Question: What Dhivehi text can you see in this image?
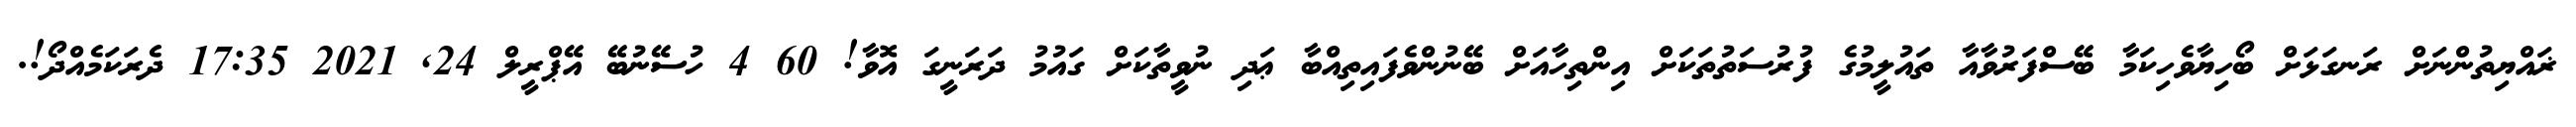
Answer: ޜައްޔިތުންނަށް ރަނގަޅަށް ބޯހިޔާވެހިކަމާ ބޭސްފަރުވާއާ ތައުލީމުގެ ފުރުސަތުތަކަށް އިންތިހާއަށް ބޭނުންވެފައިތިއްބާ ޢަދި ނުވީތާކަށް ގައުމު ދަރަނީގަ އޮވާ! 60 4 ހުސޭނުބޭ އޭޕްރީލް 24, 2021 17:35 ދެރަކަމެއްދޯ!.